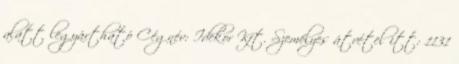
alatt legyártható Cégnév: Idekor Kft. Személyes átvétel itt: 1131